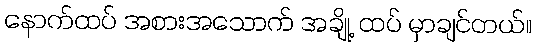
နောက်ထပ် အစားအသောက် အချို့ ထပ် မှာချင်တယ်။